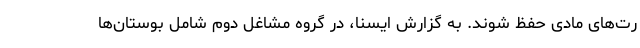
رت‌های مادی حفظ شوند. به گزارش ایسنا، در گروه مشاغل دوم شامل بوستان‌ها